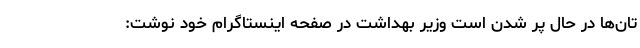
تان‌ها در حال پر شدن است وزیر بهداشت در صفحه اینستاگرام خود نوشت: